Scientific memoirs by medical officers of the Army of India - Part III,
Year: 1887
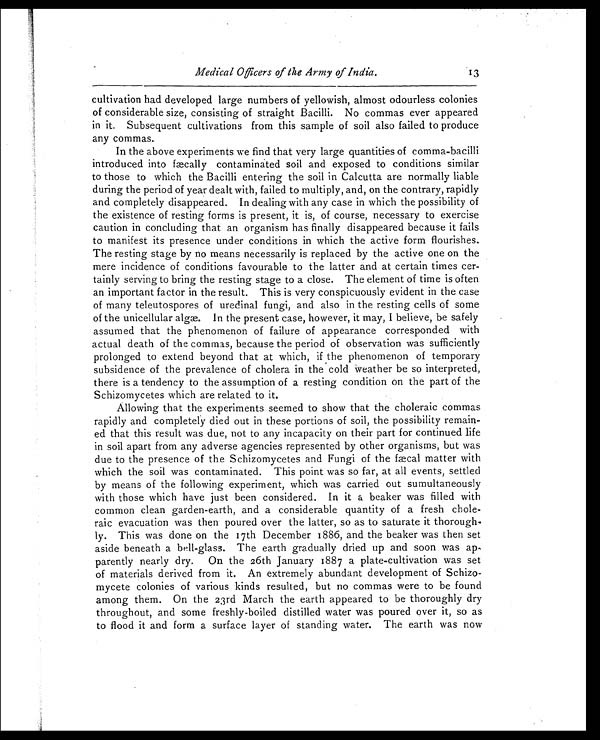
Medical Officers of the Army of India.
13
cultivation had developed large numbers of yellowish, almost odourless colonies
of considerable size, consisting of straight Bacilli. No commas ever appeared
in it. Subsequent cultivations from this sample of soil also failed to produce
any commas.
In the above experiments we find that very large quantities of comma-bacilli
introduced into fæcally contaminated soil and exposed to conditions similar
to those to which the Bacilli entering the soil in Calcutta are normally liable
during the period of year dealt with, failed to multiply, and, on the contrary, rapidly
and completely disappeared. In dealing with any case in which the possibility of
the existence of resting forms is present, it is, of course, necessary to exercise
caution in concluding that an organism has finally disappeared because it fails
to manifest its presence under conditions in which the active form flourishes.
The resting stage by no means necessarily is replaced by the active one on the
mere incidence of conditions favourable to the latter and at certain times cer-
tainly serving to bring the resting stage to a close. The element of time is often
an important factor in the result. This is very conspicuously evident in the case
of many teleutospores of uredinal fungi, and also in the resting cells of some
of the unicellular algæ. In the present case, however, it may, I believe, be safely
assumed that the phenomenon of failure of appearance corresponded with
actual death of the commas, because the period of observation was sufficiently
prolonged to extend beyond that at which, if the phenomenon of temporary
subsidence of the prevalence of cholera in the cold weather be so interpreted,
there is a tendency to the assumption of a resting condition on the part of the
Schizomycetes which are related to it.
Allowing that the experiments seemed to show that the choleraic commas
rapidly and completely died out in these portions of soil, the possibility remain-
ed that this result was due, not to any incapacity on their part for continued life
in soil apart from any adverse agencies represented by other organisms, but was
due to the presence of the Schizomycetes and Fungi of the fæcal matter with
which the soil was contaminated. This point was so far, at all events, settled
by means of the following experiment, which was carried out sumultaneously
with those which have just been considered. In it a beaker was filled with
common clean garden-earth, and a considerable quantity of a fresh chole-
raic evacuation was then poured over the latter, so as to saturate it thorough-
ly. This was done on the 17th December 1886, and the beaker was then set
aside beneath a bell-glass. The earth gradually dried up and soon was ap-
parently nearly dry. On the 26th January 1887 a plate-cultivation was set
of materials derived from it. An extremely abundant development of Schizo-
mycete colonies of various kinds resulted, but no commas were to be found
among them. On the 23rd March the earth appeared to be thoroughly dry
throughout, and some freshly-boiled distilled water was poured over it, so as
to flood it and form a surface layer of standing water. The earth was now